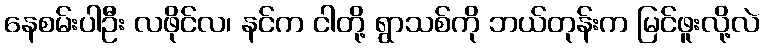
နေစမ်းပါဦး လဖိုင်လ၊ နင်က ငါတို့ ရွာသစ်ကို ဘယ်တုန်းက မြင်ဖူးလို့လဲ